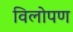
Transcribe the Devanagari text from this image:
विलोपण